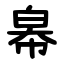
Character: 㡍